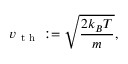
v _ { \mathrm { ~ t ~ h ~ } } \mathrel { \mathop : } = \sqrt { \frac { 2 k _ { B } T } { m } } ,